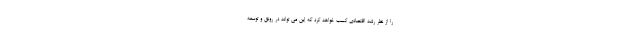
را از نظر رشد اقتصادی کسب خواهد کرد که این می تواند در رونق و توسعه